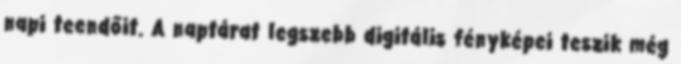
napi teendőit. A naptárat legszebb digitális fényképei teszik még